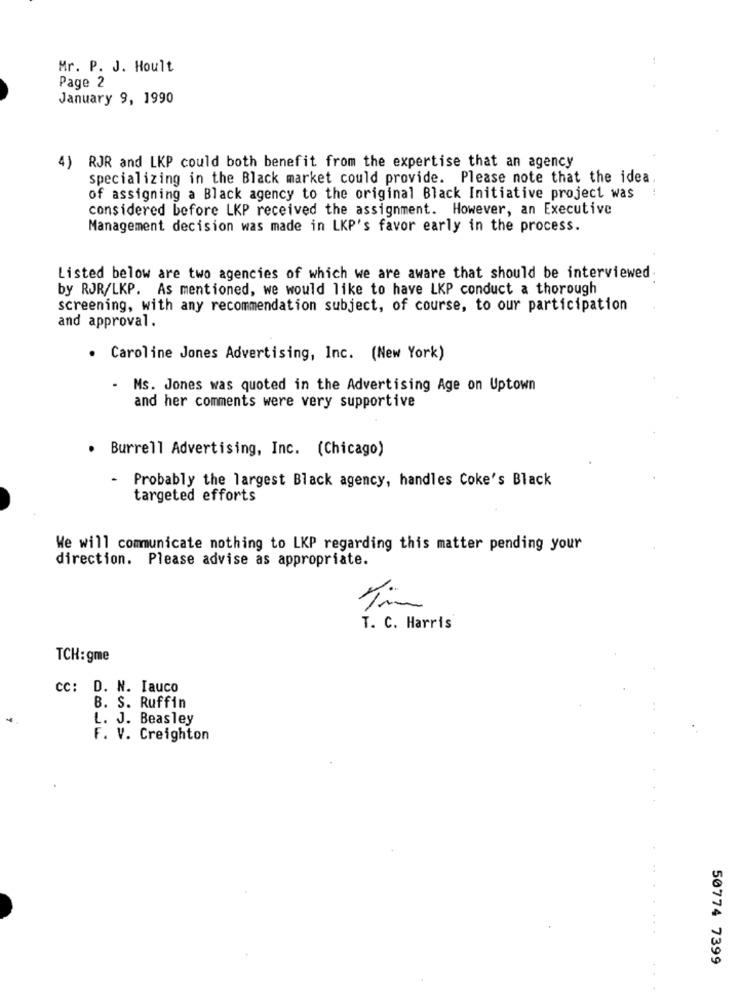
Mr. P. J. Hoult
Page 2
January 9, 1990
4)
RJR and LKP could both benefit from the expertise that an agency
specializing in the Black market could provide. Please note that the idea.
of assigning a Black agency to the original Black Initiative project was
considered before LKP received the assignment. However, an Executive
Management decision was made in LKP's favor early in the process.
Listed below are two agencies of which we are aware that should be interviewed
by RJR/LKP. As mentioned, we would like to have LKP conduct a thorough
screening, with any recommendation subject, of course, to our participation
and approval.
. Caroline Jones Advertising, Inc. (New York)
- Ms. Jones was quoted in the Advertising Age on Uptown
and her comments were very supportive
· Burrell Advertising, Inc. (Chicago)
- Probably the largest Black agency, handles Coke's Black
targeted efforts
We will communicate nothing to LKP regarding this matter pending your
direction. Please advise as appropriate.
T. C. Harris
TCH:gme
cc: D. N. Iauco
B. S. Ruffin
L. J. Beasley
F. V. Creighton
50774 7399